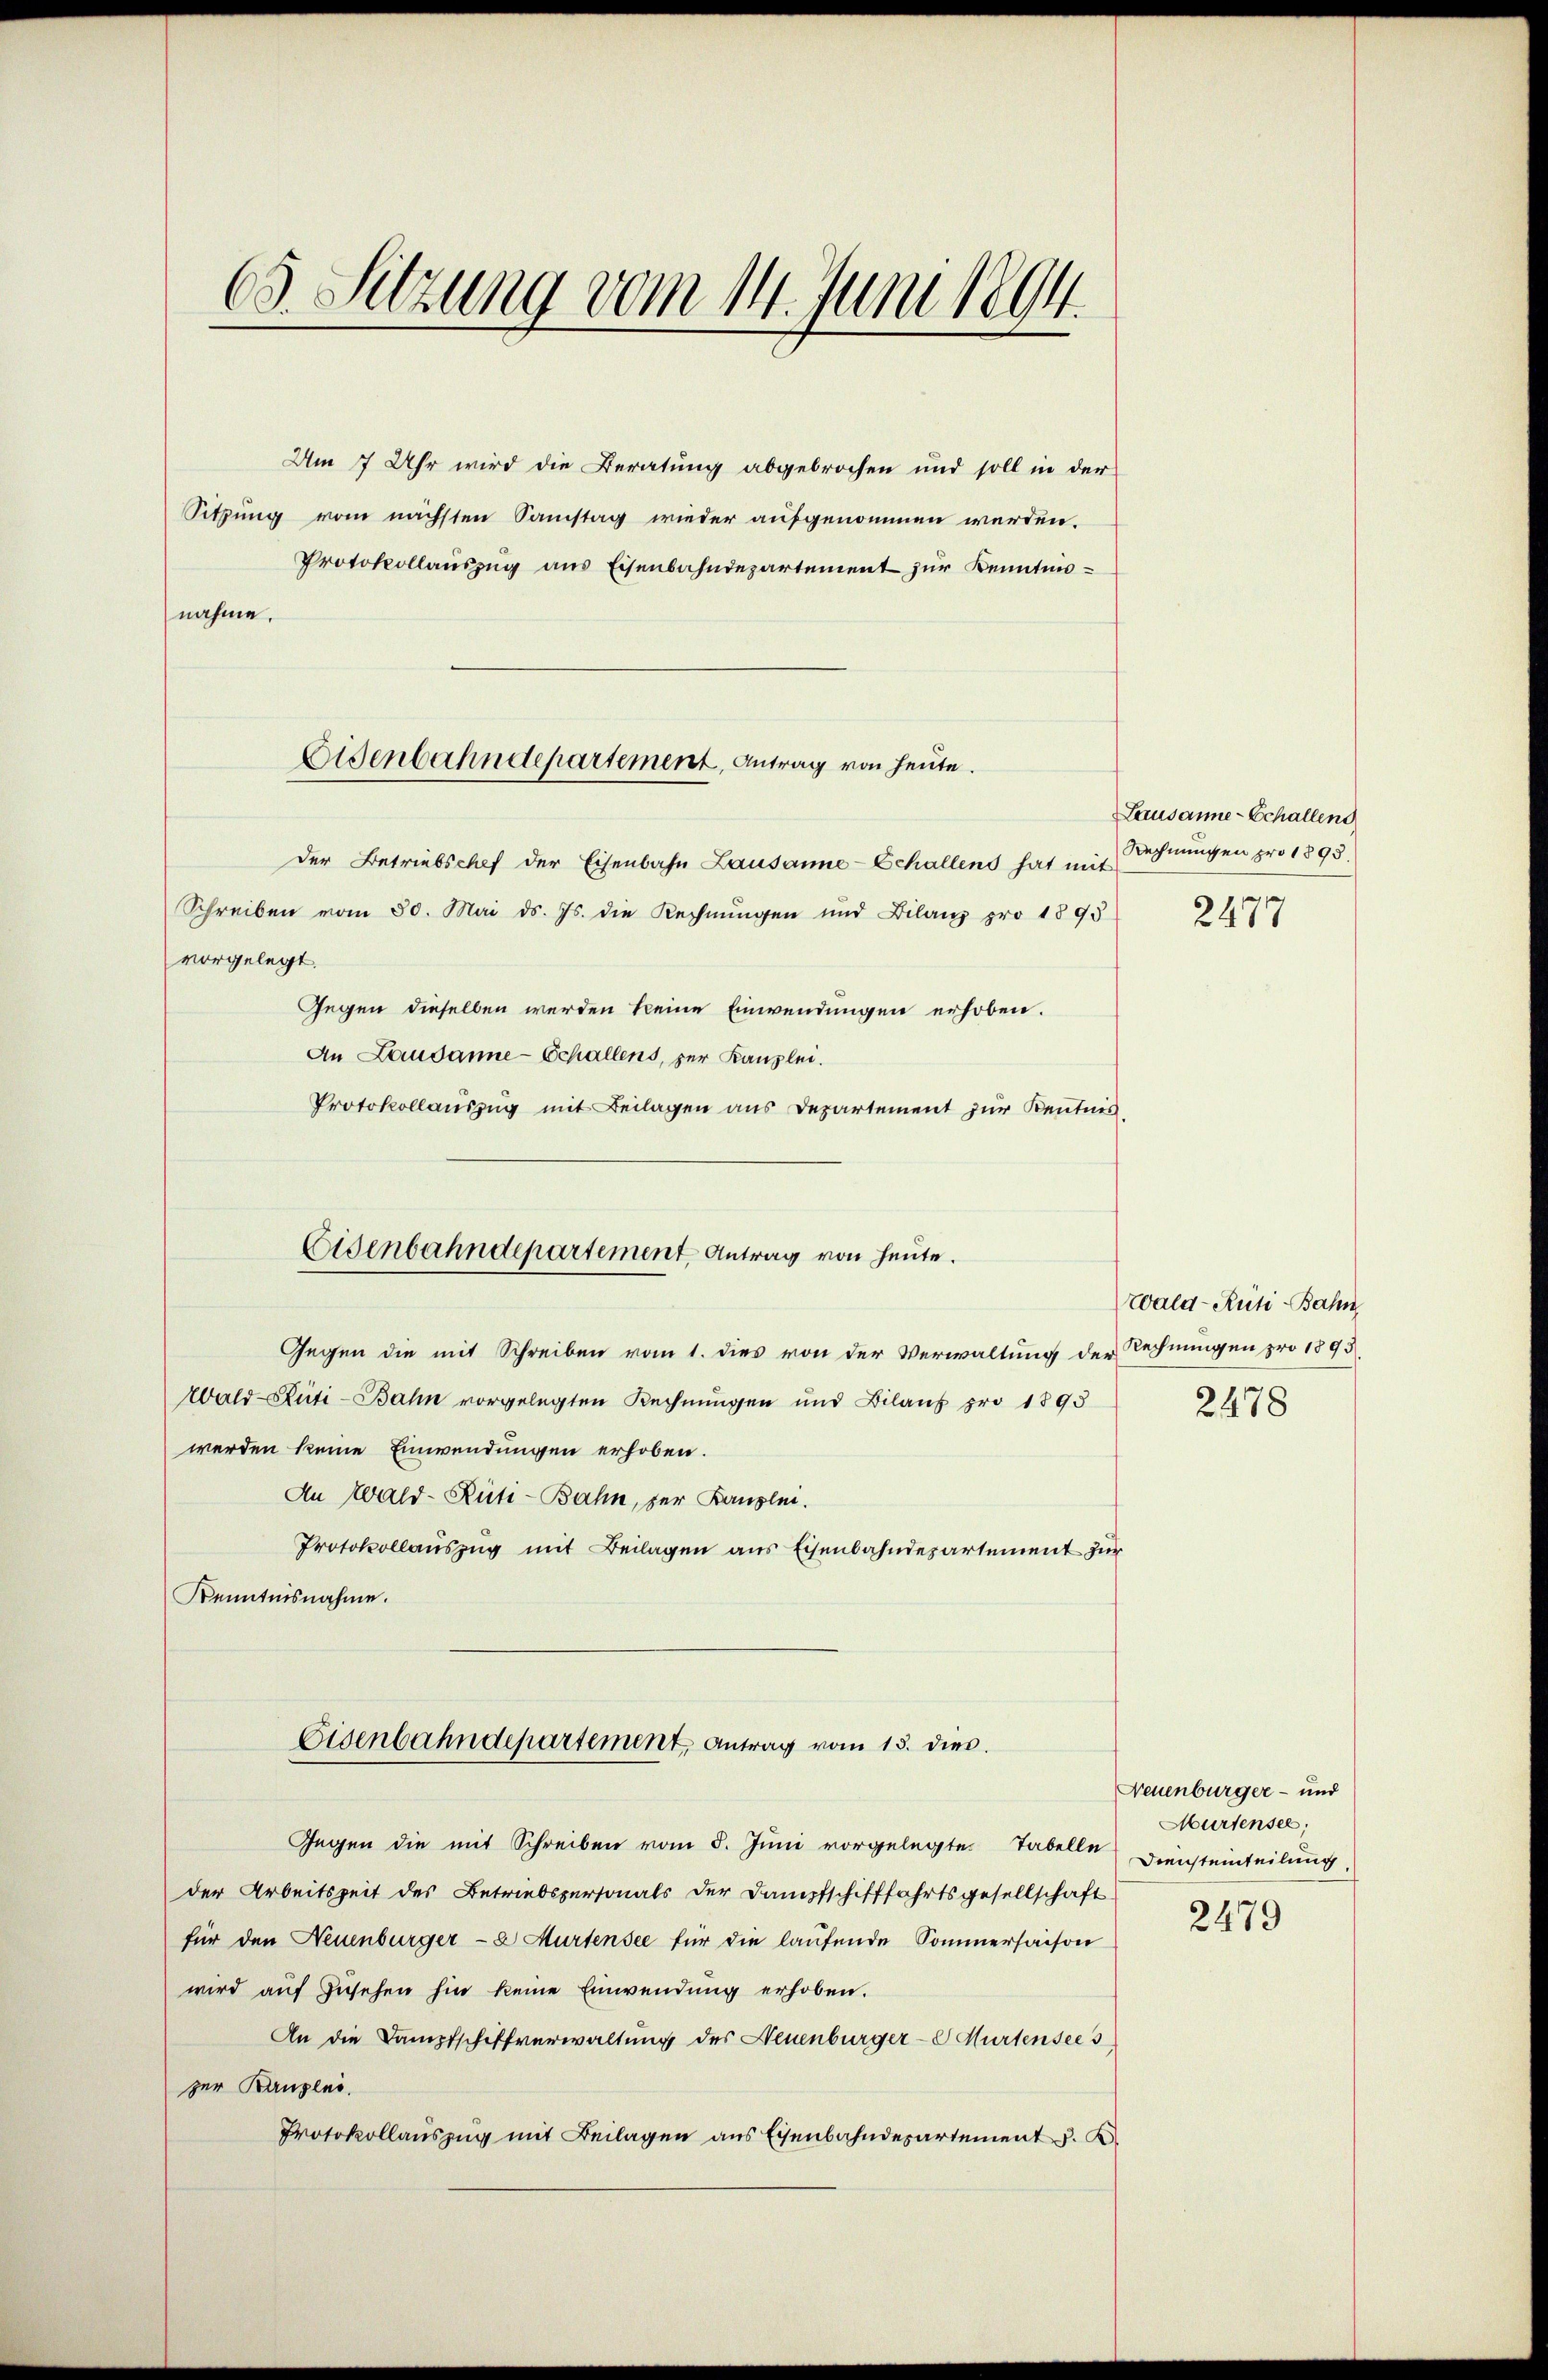
65. Sitzung vom 14. Juni 1894.

Um 7 Uhr wird die Beratung abgebrochen und soll in der
Sitzung vom nächsten Samstag wieder aufgenommen werden.
Protokollauszug aus Eisenbahndepartement zur Kenntnisder Betriebschef der Eisenbahn Lausanne-Schallens hat mit
Schreiben vom 30. Mai d. Js. die Rechnungen und Bilanz pro 1895
vorgelegt.
Gegen dieselben werden keine Einwendungen erhoben.
An Lausanne - Schallens, zur Kanzlei.
Protokollauszug mit Beilagen aus Departement zur Kenntnis,
Gegen die mit Schreiben vom 1. dies von der Verwaltung der Rechnungen pro 1893
Wald–Rüti-Bahn vorgelegten Rechnungen und Bilans pro 1895
werden keine Einwendungen erhoben.
An Wald-Rüti-Bahn, zur Kanzlei.
Protokollauszug mit Beilagen aus Eisenbahndepartement zur
Kenntnisnahme.
Eisenbahndepartement, Antrag vom 15. dies.
Gegen die mit Schreiben vom 8. Juni vorgelegte Tabelle Diensteinteilung,
der Arbeitszeit des Betriebspersonals der Dampfschifffahrtsgesellschaft
für den Neuenburger- & Murtensee für die laufende Sommersaison
wird auf zusehen hin keine Einwendung erhoben.
An die Dampfschiffverwaltung des Neuenburger-E Murtensee s
zur Baugens.
Protokollauszug mit Beilagen aus Eisenbahndepartement u. K

nahme.

Eisenbahndepartement, Antrag von heute.

Eisenbahndepartement, Antrag von heute.

Lausanne-Schallend
Rechnungen pro 1893.
2477

Wald–Rüti-Bahn
2478

Neuenburger- und
Murtensee,

2479